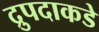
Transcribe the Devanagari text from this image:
द्रुपदाकडे